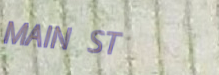
MAIN ST